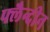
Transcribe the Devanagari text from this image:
फ्लैन्दीन